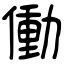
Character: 働